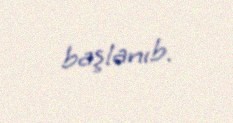
başlanıb.